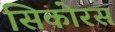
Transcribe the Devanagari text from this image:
सिकोरस